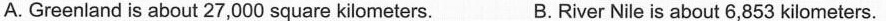
A. Greeniand is about 27,000 square kilometers.B. River Nile is about 6,853 kilometers.